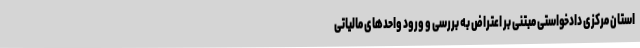
استان مرکزی دادخواستی مبتنی بر اعتراض به بررسی و ورود واحدهای مالیاتی